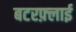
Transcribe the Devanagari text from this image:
बटरफ़्लाई